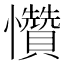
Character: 㦫